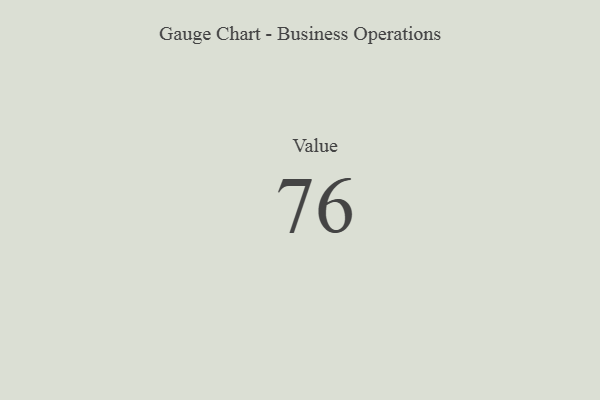
{"axis": {"x": "Metric", "y": "Value"}, "legend": [""], "data": [{"x": "Value", "y": 76, "type": ""}]}